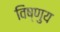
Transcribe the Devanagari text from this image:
विष्णुय